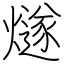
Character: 燧